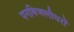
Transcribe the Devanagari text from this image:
पनबिजलीघरों